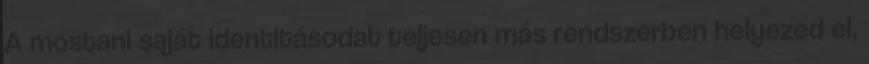
A mostani saját identitásodat teljesen más rendszerben helyezed el,